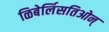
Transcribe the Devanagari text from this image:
ळिबेर्लिसतिओन्